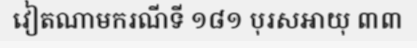
វៀតណាមករណីទី ១៨១ បុរសអាយុ ៣៣